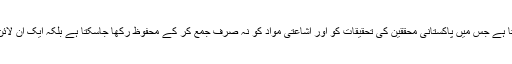
ایچ ای سی اس سلسلے میں ایک میکنزم وضع کر سکتا ہے جس میں پاکستانی محققین کی تحقیقات کو اور اشاعتی مواد کو نہ صرف جمع کر کے محفوظ رکھا جاسکتا ہے بلکہ ایک آن لائن پلیٹ فارم کے ذریعے اسے پھیلایا بھی جاسکتا ہے۔